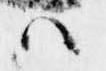
ハ